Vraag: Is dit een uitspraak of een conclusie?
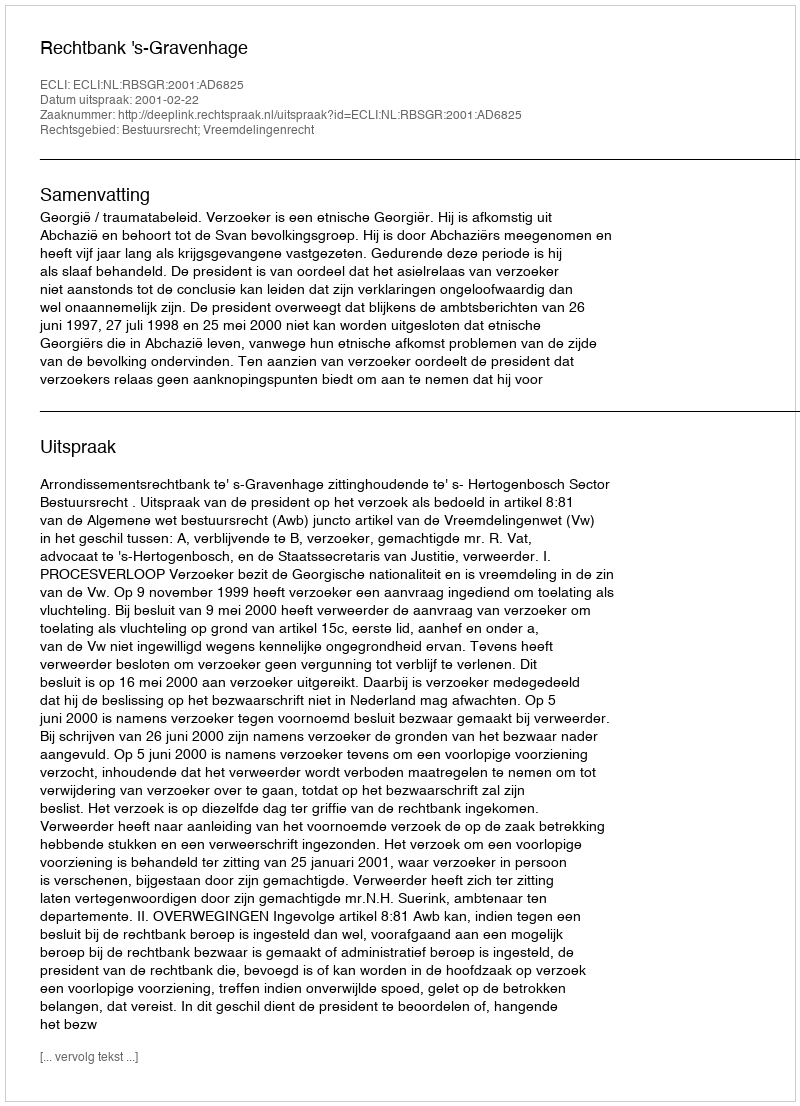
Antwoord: Uitspraak